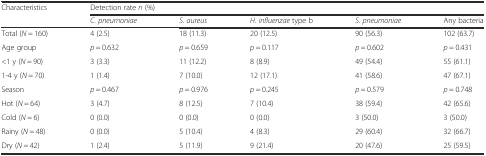
<table><thead><tr><td rowspan="2"><b>Characteristics</b></td><td colspan="5"><b>Detection rate <i>n</i> (%)</b></td></tr><tr><td><b><i>C. pneumoniae</i></b></td><td><b><i>S. aureus</i></b></td><td><b><i>H. influenzae</i> type b</b></td><td><b><i>S. pneumoniae</i></b></td><td><b>Any bacteria</b></td></tr></thead><tbody><tr><td>Total (<i>N</i> = 160)</td><td>4 (2.5)</td><td>18 (11.3)</td><td>20 (12.5)</td><td>90 (56.3)</td><td>102 (63.7)</td></tr><tr><td>Age group</td><td><i>p</i> = 0.632</td><td><i>p</i> = 0.659</td><td><i>p</i> = 0.117</td><td><i>p</i> = 0.602</td><td><i>p</i> = 0.431</td></tr><tr><td>&lt;1 y (<i>N</i> = 90)</td><td>3 (3.3)</td><td>11 (12.2)</td><td>8 (8.9)</td><td>49 (54.4)</td><td>55 (61.1)</td></tr><tr><td>1-4 y (<i>N</i> = 70)</td><td>1 (1.4)</td><td>7 (10.0)</td><td>12 (17.1)</td><td>41 (58.6)</td><td>47 (67.1)</td></tr><tr><td>Season</td><td><i>p</i> = 0.467</td><td><i>p</i> = 0.976</td><td><i>p</i> = 0.245</td><td><i>p</i> = 0.579</td><td><i>p</i> = 0.748</td></tr><tr><td>Hot (<i>N</i> = 64)</td><td>3 (4.7)</td><td>8 (12.5)</td><td>7 (10.4)</td><td>38 (59.4)</td><td>42 (65.6)</td></tr><tr><td>Cold (<i>N</i> = 6)</td><td>0 (0.0)</td><td>0 (0.0)</td><td>0 (0.0)</td><td>3 (50.0)</td><td>3 (50.0)</td></tr><tr><td>Rainy (<i>N</i> = 48)</td><td>0 (0.0)</td><td>5 (10.4)</td><td>4 (8.3)</td><td>29 (60.4)</td><td>32 (66.7)</td></tr><tr><td>Dry (<i>N</i> = 42)</td><td>1 (2.4)</td><td>5 (11.9)</td><td>9 (21.4)</td><td>20 (47.6)</td><td>25 (59.5)</td></tr></tbody></table>